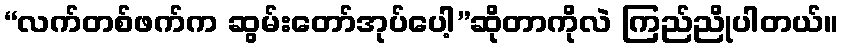
“လက်တစ်ဖက်က ဆွမ်းတော်အုပ်ပေါ့”ဆိုတာကိုလဲ ကြည်ညိုပါတယ်။